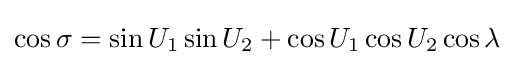
\cos \sigma =\sin U_{1}\sin U_{2}+\cos U_{1}\cos U_{2}\cos \lambda